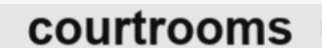
courtrooms